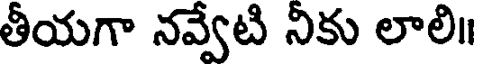
తీయగా నవ్వేటి నికు లాలి॥